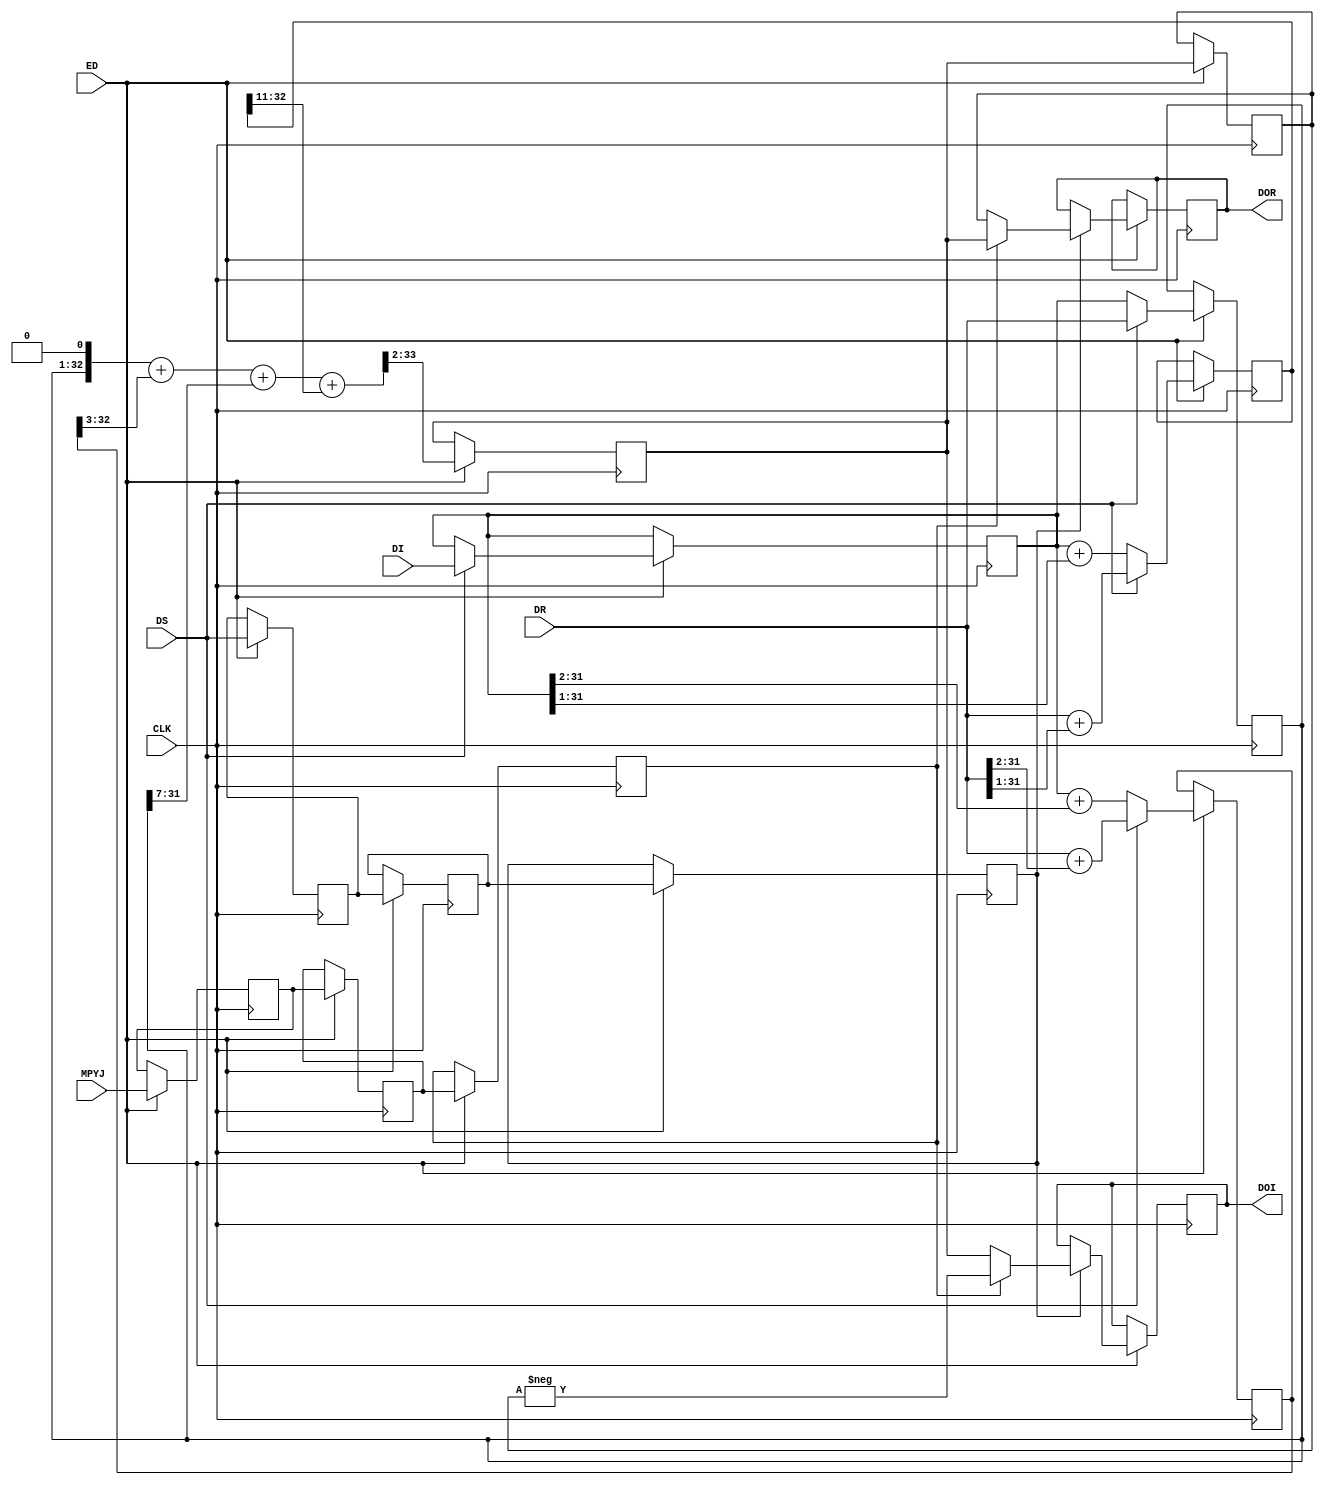
module MPUC541 ( CLK,DS ,ED, MPYJ,DR,DI ,DOR ,DOI  );
	 
parameter total_bits = 32;	
	input CLK ;
	wire CLK ;
	input DS ;
	wire DS ;
	input ED; 					//data strobe
	input MPYJ ;				//the result is multiplied by -j
	wire MPYJ ;
	input [total_bits-1:0] DR ;
	wire signed [total_bits-1:0] DR ;
	input [total_bits-1:0] DI ;
	wire signed [total_bits-1:0] DI ;	   
	
	output [total_bits-1:0] DOR ;
	reg [total_bits-1:0] DOR ;	
	output [total_bits-1:0] DOI ;
	reg [total_bits-1:0] DOI ;	 
	
	reg signed [total_bits :0] dx5;	 
	reg signed [total_bits :0] dx3;	 
	reg signed [total_bits-1 :0] dii;	 
	reg signed	[total_bits-1 : 0] dt;		   
	wire signed [total_bits+1 : 0]  dx5p; 
	wire  signed  [total_bits+1 : 0] dot;	
	reg edd,edd2, edd3;        		//delayed data enable impulse        
	reg mpyjd,mpyjd2,mpyjd3;
	reg [total_bits-1:0] doo ;	
	reg [total_bits-1:0] droo ;	
	
	always @(posedge CLK)
		begin
			if (ED) begin	  
					edd<=DS;
					edd2<=edd;	
					edd3<=edd2;	
					mpyjd<=MPYJ;
					mpyjd2<=mpyjd;
					mpyjd3<=mpyjd2;					
					if (DS)	 begin				   		//	 0_1000_1010_1000_11 	
							dx5<=DR+(DR >>>2);	 //multiply by 5 
							dx3<=DR+(DR >>>1);	 //multiply by 3, 
							dt<=DR;	  
							dii<=DI;
						end
					else	 begin
							dx5<=dii+(dii >>>2);	 //multiply by 5
							dx3<=dii +(dii >>>1);	 //multiply by  3 
							dt<=dii;
						end
					doo<=dot >>>2;	
					droo<=doo;	
					if (edd3) 	 
						if (mpyjd3) begin
								DOR<=doo;
							DOI<= - droo; end
						else begin
								DOR<=droo;
							DOI<=  doo; end					
				end 
		end		
	
	assign	dx5p=(dt<<1)+(dx5>>>3);		// multiply by  0_1000_101 
	
	
	assign   dot=	(dx5p+(dt>>>7) +(dx3>>>11));// multiply by //	 0_1000_1010_1000_11 

	
	
endmodule